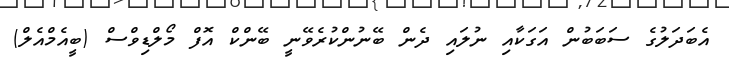
އެބަދަލުގެ ސަބަބުން އަގަކާއި ނުލައި ދެން ބޭނުންކުރެވޭނީ ބޭންކް އޮފް މޯލްޑިވްސް (ބީއެމްއެލް)